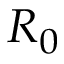
R _ { 0 }